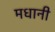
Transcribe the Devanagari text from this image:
मधानी